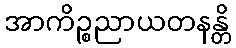
အာကိဉ္စညာယတနန္တိ